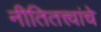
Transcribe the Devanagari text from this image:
नीतितत्त्वांचे